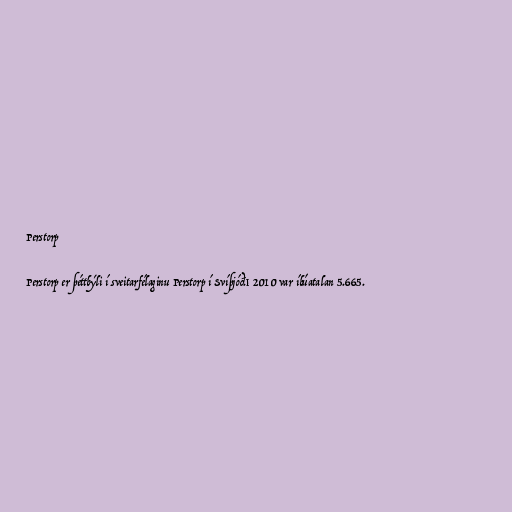
Perstorp

Perstorp er þéttbýli í sveitarfélaginu Perstorp í Svíþjóð.I 2010 var íbúatalan 5.665.